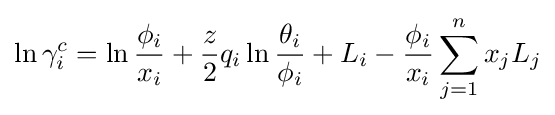
\ln \gamma _{i}^{c}=\ln {\frac {\phi _{i}}{x_{i}}}+{\frac {z}{2}}q_{i}\ln {\frac {\theta _{i}}{\phi _{i}}}+L_{i}-{\frac {\phi _{i}}{x_{i}}}\displaystyle \sum _{j=1}^{n}x_{j}L_{j}